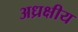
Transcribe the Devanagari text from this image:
अध्रक्षीय